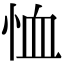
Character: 恤